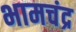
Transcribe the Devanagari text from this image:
भामचंद्र